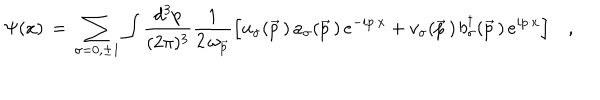
\Psi ( x ) \, = \, \sum _ { \sigma = 0 , \pm 1 } \int { \frac { d ^ { 3 } p } { ( 2 \pi ) ^ { 3 } } } { \frac { 1 } { 2 \, \omega _ { \vec { p } } } } \Big [ u _ { \sigma } ( \vec { p } \, ) \, a _ { \sigma } ( \vec { p } \, ) \, e ^ { - i p \cdot x } + v _ { \sigma } ( \vec { p } \, ) \, b _ { \sigma } ^ { \dagger } ( \vec { p } \, ) \, e ^ { i p \cdot x } \Bigr ] \quad ,